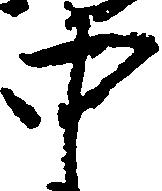
中